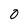
Character: 0